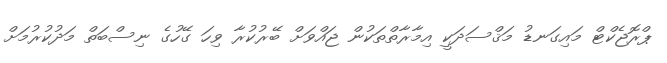
ޕްރޮޖެކްޓް މައިގަނޑު މަޤްސަދަކީ އިމާރާތްތަކުން ޖައްވަށް ބޭރުކުރާ ވިހަ ގޭހުގެ ނިސްބަތް މަދުކުރުމަށް